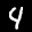
Label: 4